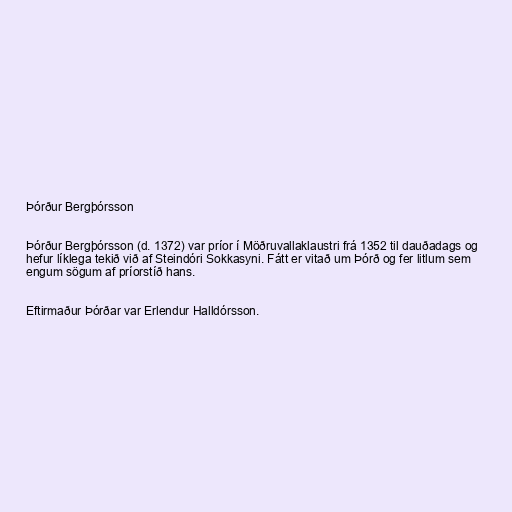
Þórður Bergþórsson

Þórður Bergþórsson (d. 1372) var príor í Möðruvallaklaustri frá 1352 til dauðadags og
hefur líklega tekið við af Steindóri Sokkasyni. Fátt er vitað um Þórð og fer litlum sem
engum sögum af príorstíð hans.

Eftirmaður Þórðar var Erlendur Halldórsson.